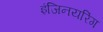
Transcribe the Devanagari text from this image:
इंजिनयरिंग